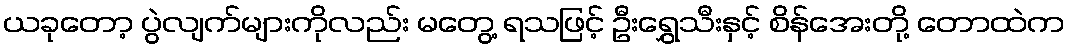
ယခုတော့ ပွဲလျက်များကိုလည်း မတွေ့ ရသဖြင့် ဦးရွှေသီးနှင့် စိန်အေးတို့ တောထဲက